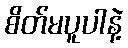
စိတ်မပူပါနဲ့